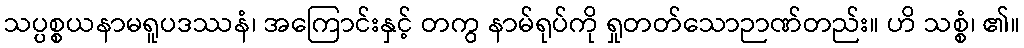
သပ္ပစ္စယနာမရူပဒဿနံ၊ အကြောင်းနှင့် တကွ နာမ်ရုပ်ကို ရှုတတ်သောဉာဏ်တည်း။ ဟိ သစ္စံ၊ ၏။